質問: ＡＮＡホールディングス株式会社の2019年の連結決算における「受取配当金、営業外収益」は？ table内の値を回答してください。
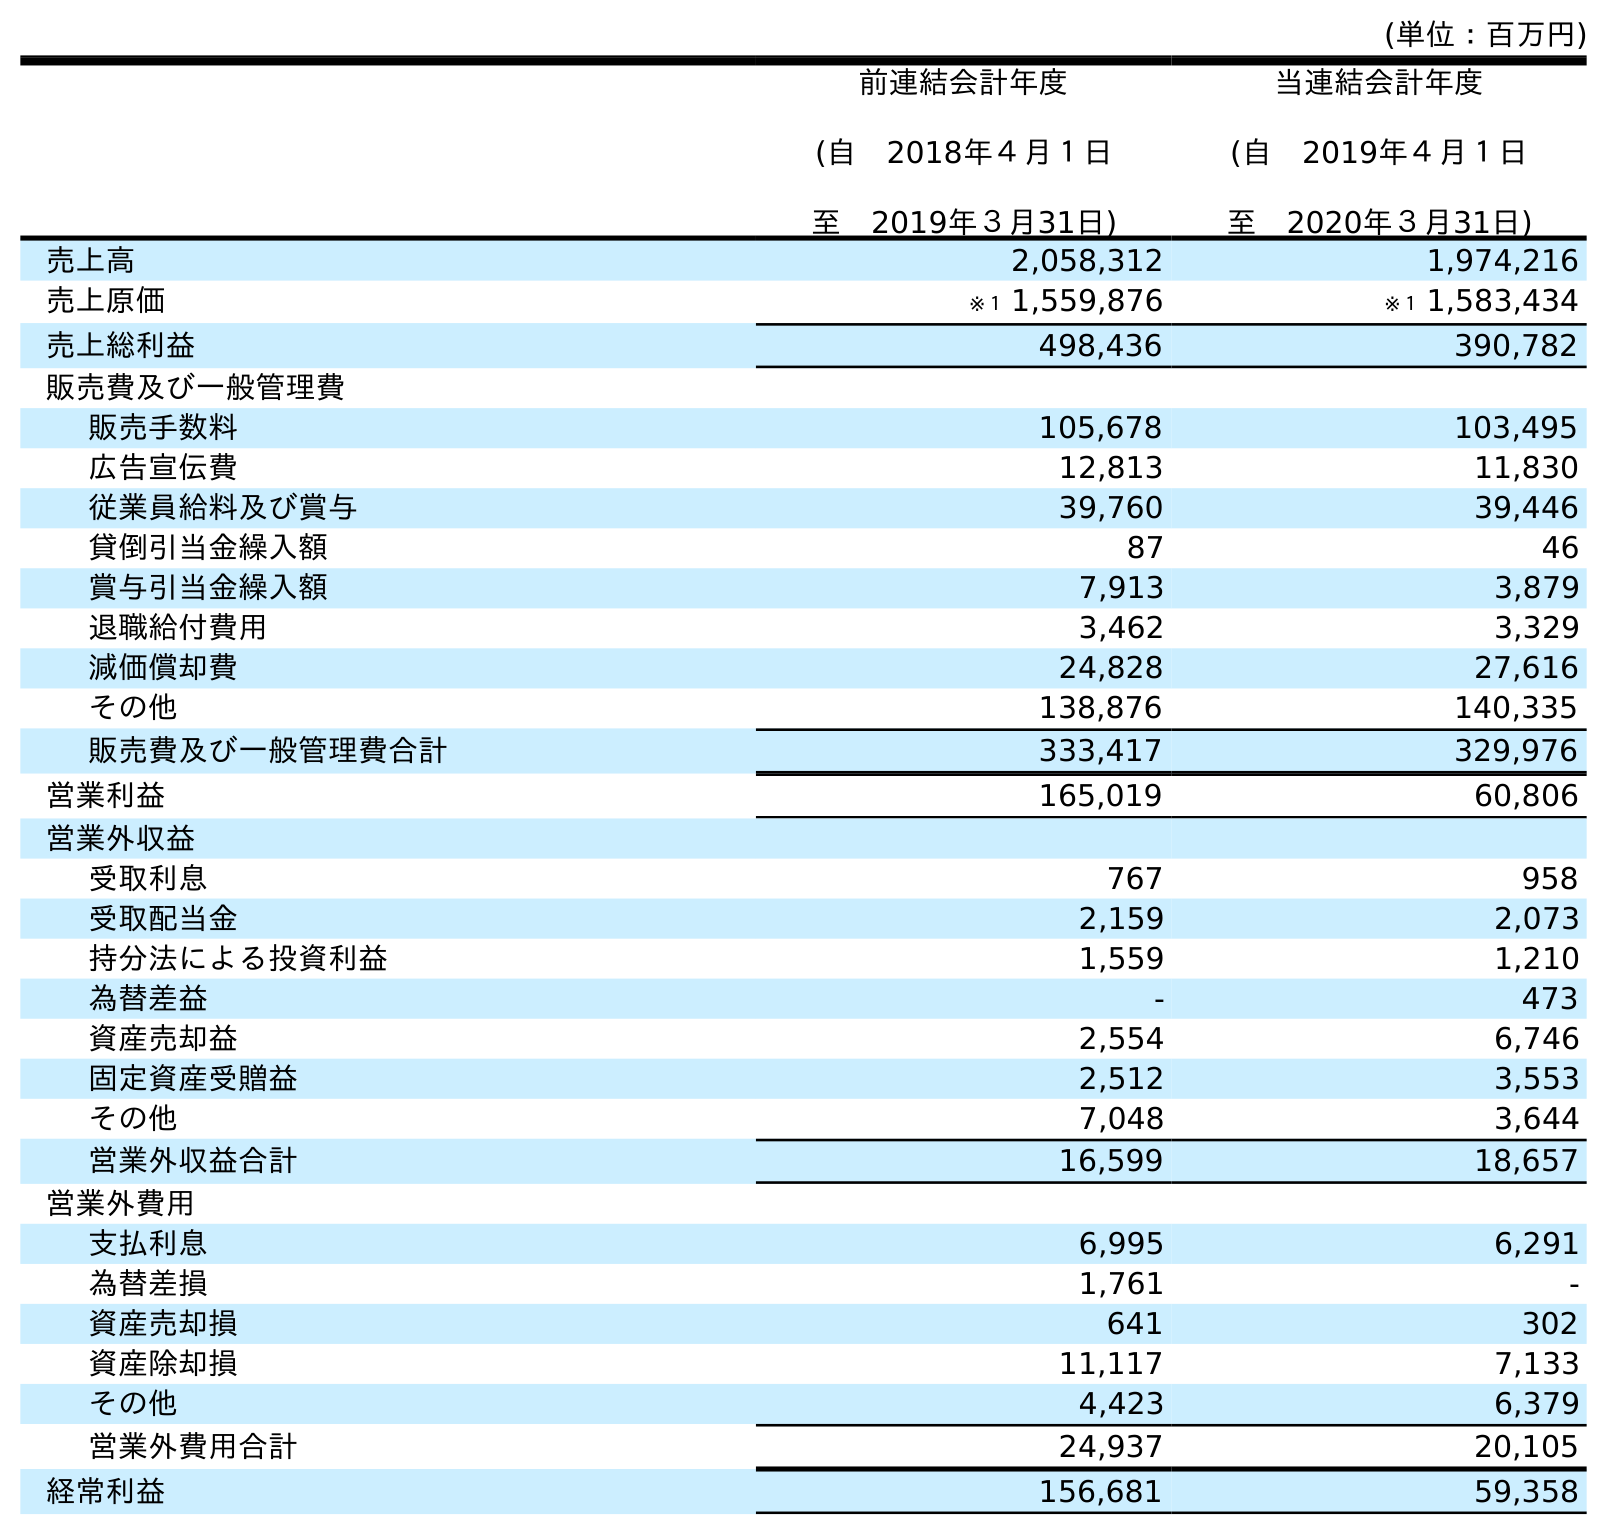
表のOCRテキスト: (単位：百万円) 前連結会計年度 (自 2018年４月１日 至 2019年３月31日) 当連結会計年度 (自 2019年４月１日 至 2020年３月31日) 売上高 2,058,312 1,974,216 売上原価 ※１ 1,559,876 ※１ 1,583,434 売上総利益 498,436 390,782 販売費及び一般管理費 販売手数料 105,678 103,495 広告宣伝費 12,813 11,830 従業員給料及び賞与 39,760 39,446 貸倒引当金繰入額 87 46 賞与引当金繰入額 7,913 3,879 退職給付費用 3,462 3,329 減価償却費 24,828 27,616 その他 138,876 140,335 販売費及び一般管理費合計 333,417 329,976 営業利益 165,019 60,806 営業外収益 受取利息 767 958 受取配当金 2,159 2,073 持分法による投資利益 1,559 1,210 為替差益 - 473 資産売却益 2,554 6,746 固定資産受贈益 2,512 3,553 その他 7,048 3,644 営業外収益合計 16,599 18,657 営業外費用 支払利息 6,995 6,291 為替差損 1,761 - 資産売却損 641 302 資産除却損 11,117 7,133 その他 4,423 6,379 営業外費用合計 24,937 20,105 経常利益 156,681 59,358
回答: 2,159